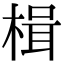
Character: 楫